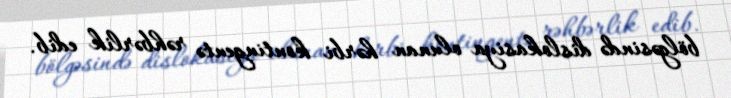
bölgəsində dislokasiya olunan hərbi kontingentə rəhbərlik edib.